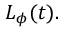
L _ { \phi } ( t ) .